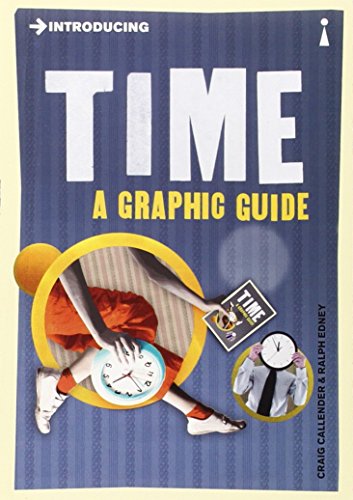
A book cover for Introducing Time: A Graphic Guide; Craig Callender; Science & Math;